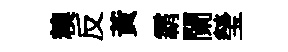
糗反黃霸闌瑩